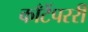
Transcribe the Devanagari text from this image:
काँटेंपररी